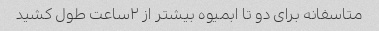
متاسفانه برای دو تا ابمیوه بیشتر از ۲ساعت طول کشید